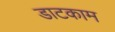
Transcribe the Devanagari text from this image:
डाटकाम